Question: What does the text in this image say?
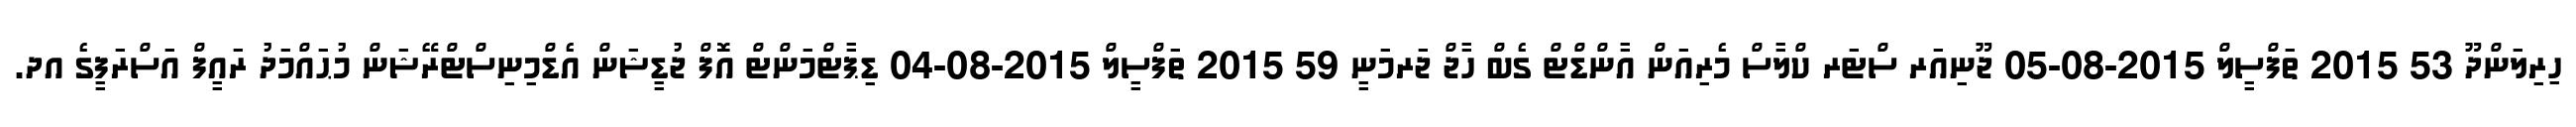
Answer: ހިރިލަންދޫ 53 2015 ތަފްސީލް 2015-08-05 ޖޫނިއަރ ސްޓަރ ކްލާސް މެރިއަން އާންޑްޓް ގެބް ހާޖް ޖަރމަނީ 59 2015 ތަފްސީލް 2015-08-04 ޑިޕާޓްމަންޓް އޮފް ޖުޑީޝަން އެޑްމިނިސްޓްރޭޝަން މުޙައްމަދު ރައީފް އަސްރަފީގެ އދ.